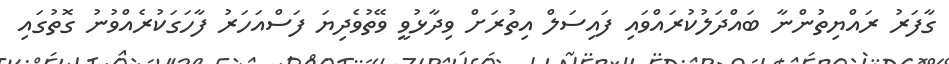
ގާފަރު ރައްޔިތުންނާ ބައްދަލުކުރައްވައި ފައިސަލް އިތުރަށް ވިދާޅުވީ ވޭތުވެދިޔަ ފަސްއަހަރު ފާހަގަކުރެއްވުނު ގޮތުގައި